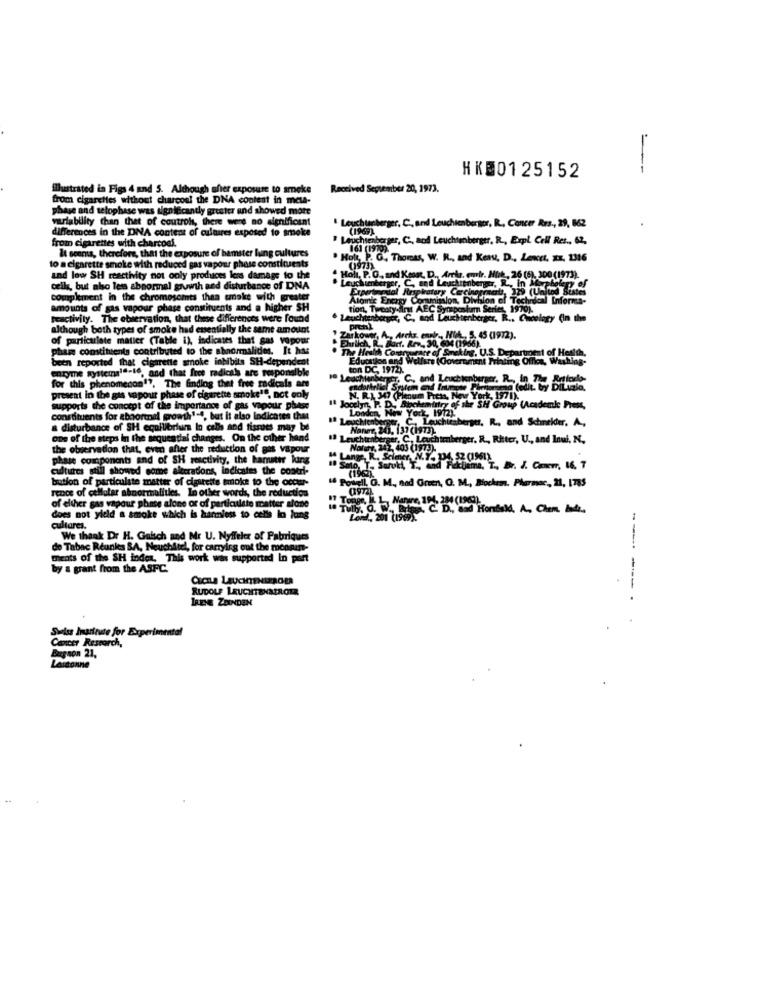
=
HKE0125152
Illustrated in Figs 4 and 5. Although sher exposure to smoke
Received September 20, 1973.
from cigarettes without charcoal the DNA content in meta-
phase and telophase was significantly greater and showed mote
wurlability than that of coutrol, there were no significant
differences in the DNA content of cultures exposed to smoke
Leuchtenberger, C ., and Leuchtenberger, R ., Cancer Res ., 29, 862
(1969)
from cigarettes with charcoal.
Leuchteberger, C ., aod Leuchtenberger. R ., Expl. Cell Res .. 62,
Il scerns, therefore, that the exposure of hamster lung cultures
161 (1979)
to a cigarette smoke with reduced gas vapour phase constituents
Holt P. G. Thomas, W. R ., and Keas, D ., Lewet, xx. 1316
0973)
and low SH reactivity not only produces less damage to the
Holl, P. O. and Kens. D ., Arte, emir. Mit, 26 (6), 300 (1973).
ENCouwr, C und Leuchten
cells, but also less abnormal growth and disturbance of DNA
atary Cachorra
329 (United Sistes
kp of
complement in the chromosomts than smoke with greater
Atomic Energy Co
minion, Division of Technical Informa-
amounts of gas vapour phase constituents and a higher SH
tion, Treaty diru AEC Synapd
reactivity. The observation, that these differences were found
although both types of smoke had essentially the same amount
pren)
of particulate matier (Table 1), indicates that gas vepour
shower, A ., Arrhz, enplr ., M ., 5. 45 (1972).
phase constituents contributed to the abnormalities. It has
The Health Com
Ehrlich, R .. Barf. Ren, 30, 604 (1966).
rof Smoking. U.S. Det
been reported that cigarette smoke inhibits SH-dependent
Education and Welfare (Government Printing Offen, Washing-
enzyme systemale-46, and that free radicals are responsible
ton DC, 1972).
" Leachtenberger, C ., and Leuchtenburger. R ., In The Rytterlo-
for this phenomenon1", The finding thet free radicals are
present in the gis sapour phase of cigarette smoke1", not only
N. R.I. 307 (Plenum Press, Now
VarZ 1971).
supports the concept of the importance of gas vapour phase
few York, 1912).
mintry of the SH Group (Academic Press,
constituents for abnormal growth1-4, but it also indicates that
"a Leuchtenberger, C ., Leuchtenberger, R ., and Schnekter. A,
Londen, Now Y
a disturbance of SH equilibrium In calls and fissoes may be
Naner, 241, 137 (1973).
one of the steps in the sequential changes. On the other hand
1ª Leuchtenberger, C. Leuchtenberger, R, Ritter, U ., and Inui, N,
the observation that, even after the reduction of gas vapour
Nature, 242, 403 (1973).
phase components and of SH reactivity, the hanuter kung
cultures still showed some alterations, indicates the coatri-
1. Solo, T. Saruky, T .,
(1962).
Factjeme, T ., Dr. J. Canevr, 16, 7
bution of particulate matter of cigarette smoke to the occur-
rence of cellular abnormalities. In other words, the reduction
1. Powell, O. M ., and Green, O. M ., Bochem. Pharmac, 21, I785
of eliher gas vapour phase alone or of particulate matter alone
does not yield a smoke which is harmless to cells lo lang
Levd ., 201 (1969)
cultares.
We thank Dr H. Galsch and Mr U. Nyffeler of Pabriques
de Tabac Reunkes SA, Neuchâtel, for carrying out the moanin-
ments of the SH index. This work was supported In port
by a grant from the ASFC.
---- ---
RUDOLF LEUCHTENSIROTA
IRENE ZDINDEN
Cancer Research,
Swiss Imarinate for Experimental
Bargnon 21.